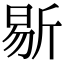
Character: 𣂨